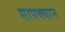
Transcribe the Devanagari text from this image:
गापक्यान